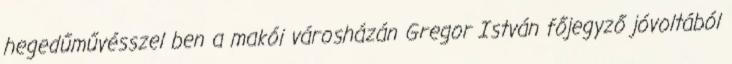
hegedűművésszel ben a makói városházán Gregor István főjegyző jóvoltából